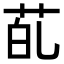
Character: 𮎲